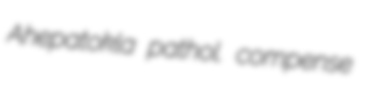
Ahepatokla pathol. compense